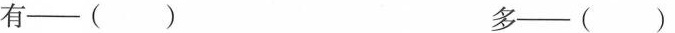
有——( ) 多——( )